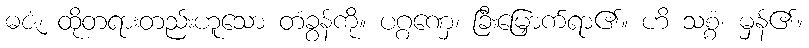
ဓဇံ၊ ထိုတရားတည်းဟူသော တံခွန်ကို။ ပဂ္ဂဏှေ၊ ခြီးမြှောက်ရာ၏။ ဟိ သစ္စံ၊ မှန်၏။